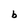
Character: b